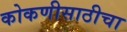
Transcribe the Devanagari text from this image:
कोकणीसाठीचा